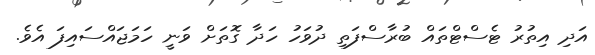
އަދި އިތުރު ޓެސްޓްތައް ބުރާސްފަތި ދުވަހު ހަދާ ގޮތަށް ވަނީ ހަމަޖައްސައިފަ އެވެ.